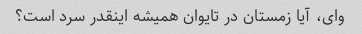
وای، آیا زمستان در تایوان همیشه اینقدر سرد است؟